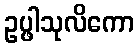
ဥပ္ဖါသုလိကော